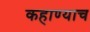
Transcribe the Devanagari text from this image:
कहाण्याच